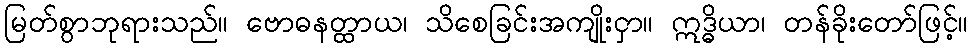
မြတ်စွာဘုရားသည်။ ဗောဓနတ္ထာယ၊ သိစေခြင်းအကျိုးငှာ။ ဣဒ္ဓိယာ၊ တန်ခိုးတော်ဖြင့်။